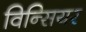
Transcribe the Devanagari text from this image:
विन्सियर